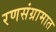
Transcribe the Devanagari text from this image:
रणसंग्रामात